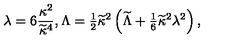
\lambda = 6 { \frac { \kappa ^ { 2 } } { \widetilde \kappa ^ { 4 } } } , \Lambda = { \textstyle { \frac { 1 } { 2 } } } \widetilde \kappa ^ { 2 } \left( \widetilde { \Lambda } + { \textstyle { \frac { 1 } { 6 } } } \widetilde \kappa ^ { 2 } \lambda ^ { 2 } \right) ,